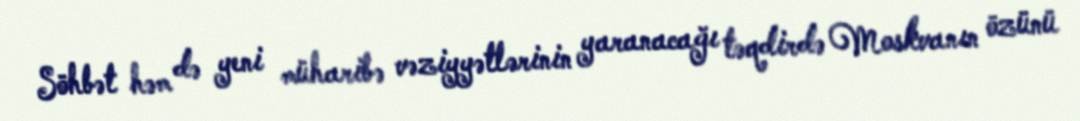
Söhbət həm də yeni müharibə vəziyyətlərinin yaranacağı təqdirdə Moskvanın özünü